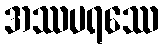
အဿပရဿေ